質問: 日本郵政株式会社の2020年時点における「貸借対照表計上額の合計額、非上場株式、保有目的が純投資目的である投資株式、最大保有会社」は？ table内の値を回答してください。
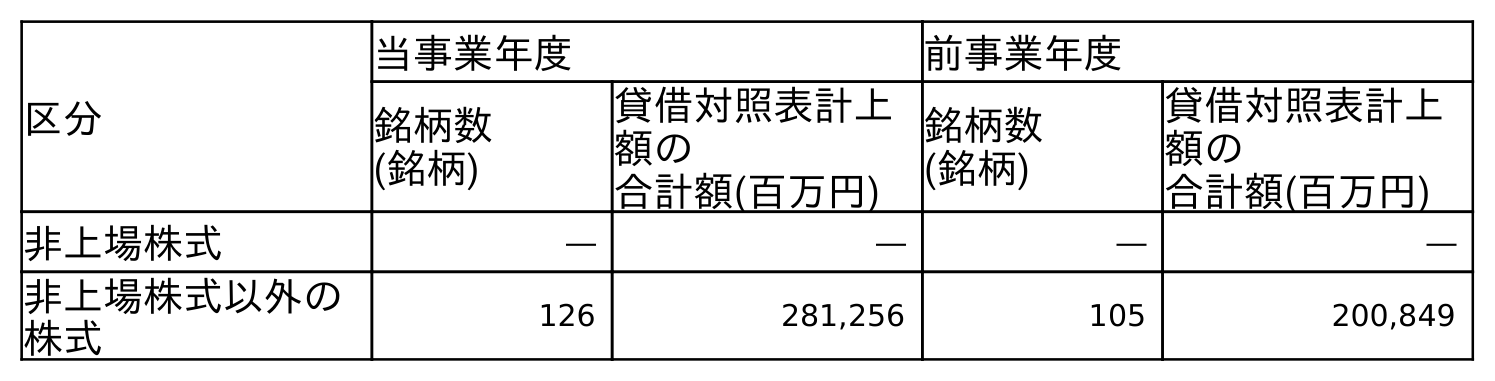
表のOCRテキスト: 区分 当事業年度 前事業年度 銘柄数 (銘柄) 貸借対照表計上 額の 合計額(百万円) 銘柄数 (銘柄) 貸借対照表計上 額の 合計額(百万円) 非上場株式 ― ― ― ― 非上場株式以外の 株式 126 281,256 105 200,849
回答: ―